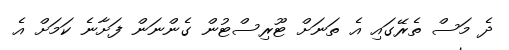
ދެ މަސް ތެރޭގައި އެ ތަނަށް ޓޫރިސްޓުން ގެންނަން ފަށާނެ ކަމަށް އެ